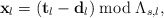
\begin{align*}\mathbf{x}_{l}=\left(\mathbf{t}_{l}-\mathbf{d}_{l}\right)\bmod\Lambda_{s,l},\end{align*}